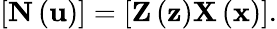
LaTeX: \left[\mathbf{N}\left(\mathbf{u}\right)\right]=\left[\mathbf{Z}\left(\mathbf{z}\right)\mathbf{X}\left(\mathbf{x}\right)\right].